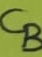
Text: CB